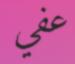
عفي